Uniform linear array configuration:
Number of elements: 48
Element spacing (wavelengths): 0.75
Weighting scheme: exponential
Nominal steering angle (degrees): -30
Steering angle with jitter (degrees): -31.394
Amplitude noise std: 0.05
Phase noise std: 0.05

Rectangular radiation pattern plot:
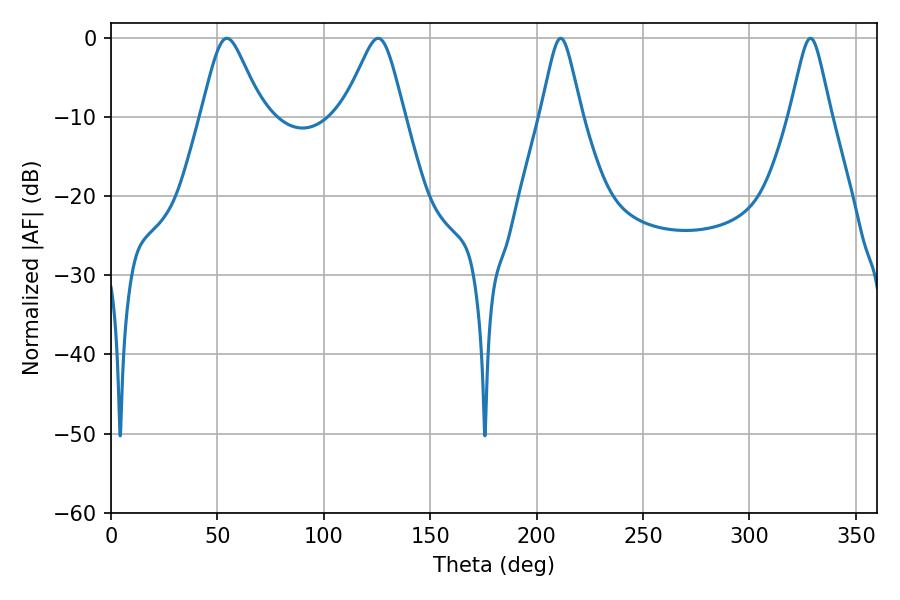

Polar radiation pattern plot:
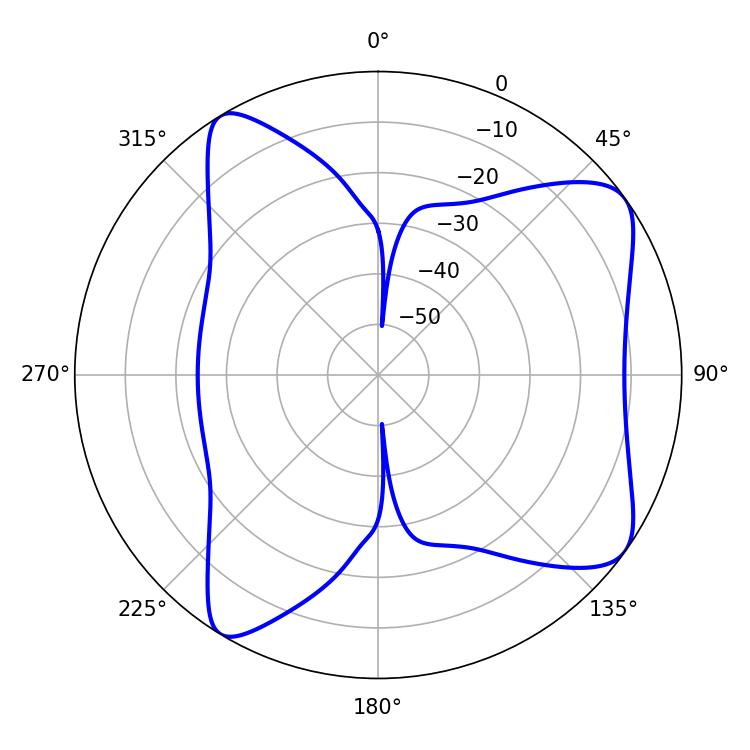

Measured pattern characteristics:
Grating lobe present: TRUE
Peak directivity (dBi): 8.118
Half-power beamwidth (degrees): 9.18
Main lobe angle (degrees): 211.32